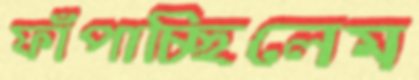
ফাঁপাচ্ছিলেম